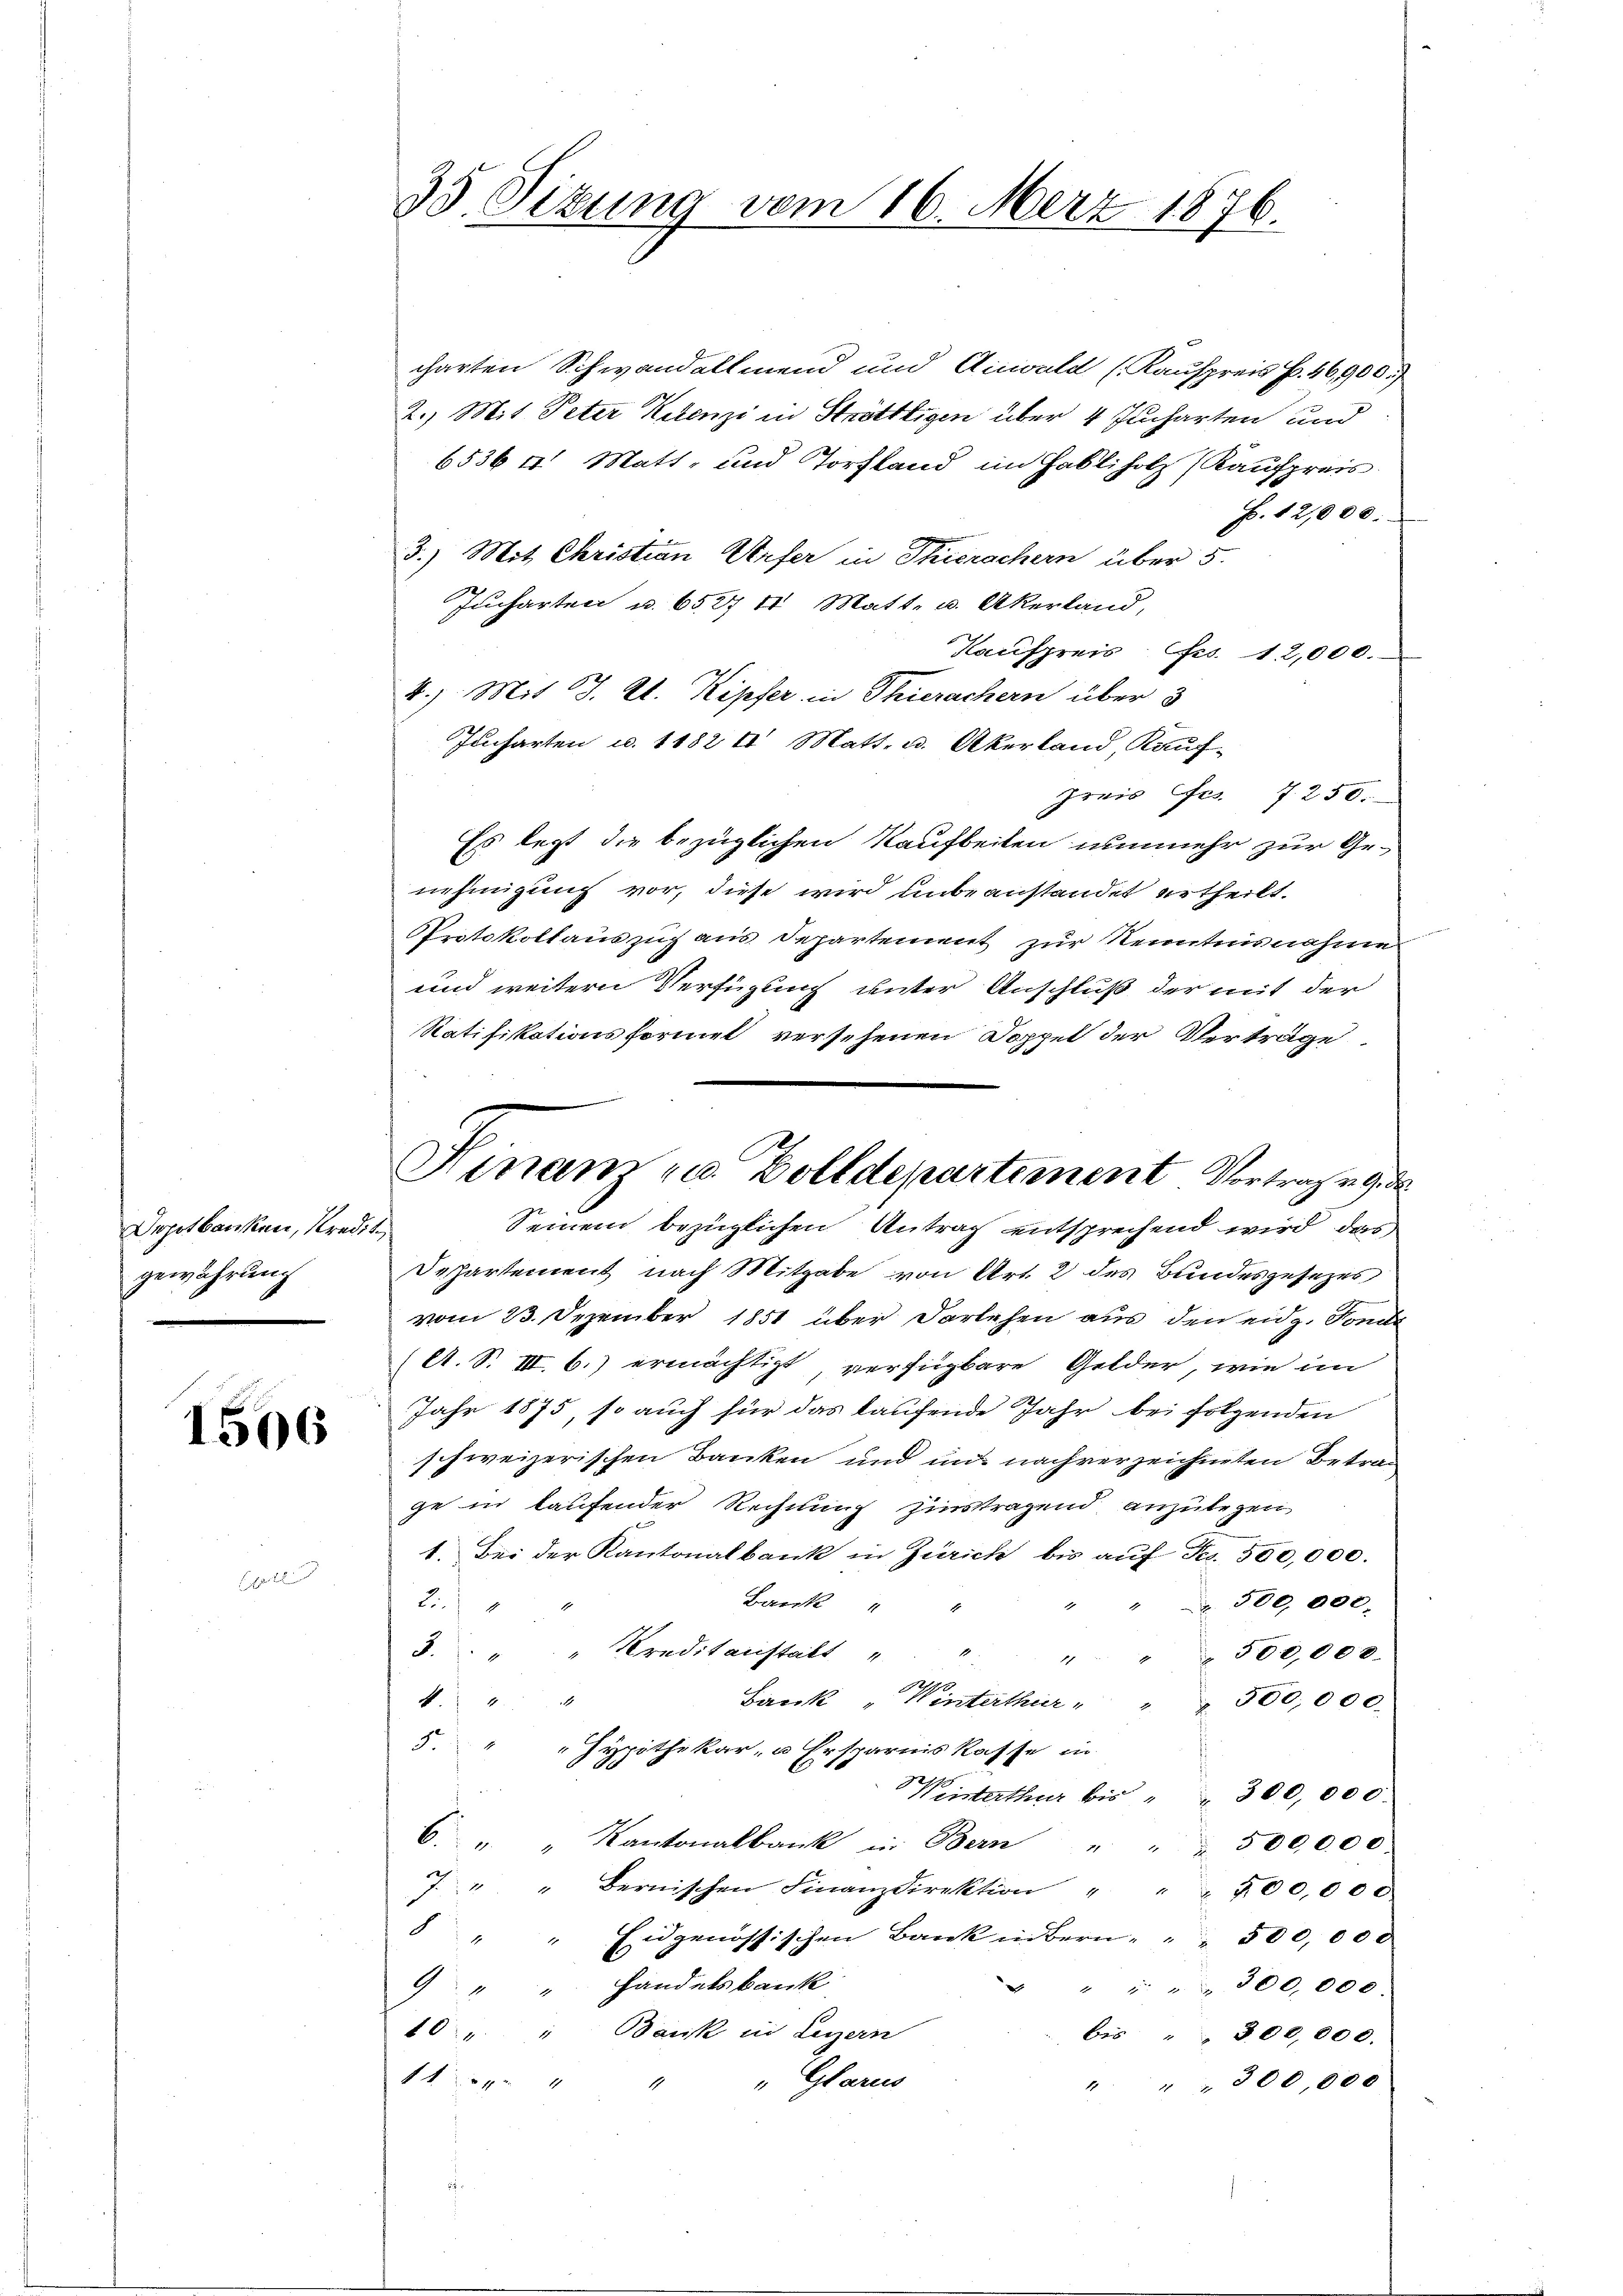
Depotbanken, Kredit.
gewährung

1506

b

35. Sizung vom 16. Merz 1876.

charten Schwandellmend und Aiswald (Kaufpreis P. 46,900.)
2.) Mit Peter Kelenzi in Strötttigen über 4 Jucharten und
6536 u. Matt- und Torfland im Habliholz (Kaufpreis
H. 12,000.
3.) Mit Christian Urfer in Thierachern über 5.
Jucharten u. 6527 t Matt. u. Akerland,
Kaufpreis fes. 12,000.
4.) Mit 17. A. Kipfer in Thierachern über 3
Jucharten u. 1182 t Matt. u. Akerland, Kauf-
Preis es 7. 250.
Es legt die bezüglichen Kaufbeilen nunmehr zur Genehmigung vor, diese wird unbeanstandet ertheilt.
Protokollauszug aus Departement zur Kenntnisnahme
und weitern Verfügung unter Anschluß der mit der
Ratifikationsformel versehenen Doppel der Verträge
Seinem bezüglichen Antrag entsprechend wird, das
Departement nach Mitgabe von Art. 2 des Bundesgesezes
vom 23. Dezember 1851 über Darlehen aus den eidg. Sonde
(A. S. III. b.) ermächtigt, verfügbare Gelder, wie im
Jahr 1875, so auch für das laufende Jahr bei folgenden
schweizerischen Banken und un nachverzeichneten Betrage in laufender Rechnung hinstragend, anzulegen
1. Bei der Kantonalbank in Zürich bis aŭf Fr. 500,000.
Bank
" Nr. 500 000.
i
5 " " Kreditanstalt
1
" " " 500,000.
Bank " Winterthur " " " 500,000.

5 " " Hypothekar- u Ersparnis kasse in
Weisterthur bis " " 300,000.
6. " Kantonalbank in Bern " " " 500,000
7. " " Bernischen Finanzdirektion " " " 300,000
 " " Eidgenössischen Bank in Bern, " " 300,000
9 " " Handelsbank
" " " " 300,000.
10 " " Bank in Legern
bis " " 300,000.
4
" Glarus
" " " 300,000

Hinam u. Bolldepartement Vortragen 9. d.